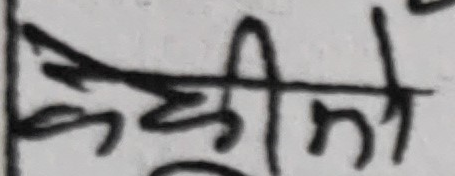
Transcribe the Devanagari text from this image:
केहीको